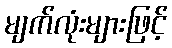
မျက်လုံးများဖြင့်